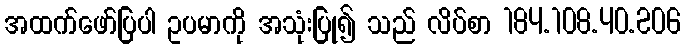
အထက်ဖော်ပြပါ ဥပမာကို အသုံးပြု၍ သည် လိပ်စာ 184.108.40.206